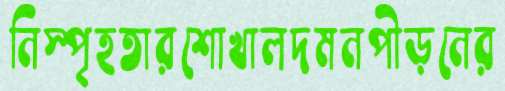
নিস্পৃহতারশোখালদমনপীড়নের